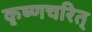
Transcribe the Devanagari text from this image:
कृष्णचरित्